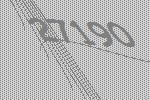
27190